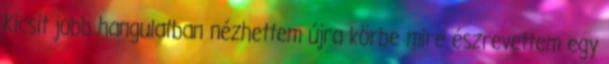
Kicsit jobb hangulatban nézhettem újra körbe mire észrevettem egy